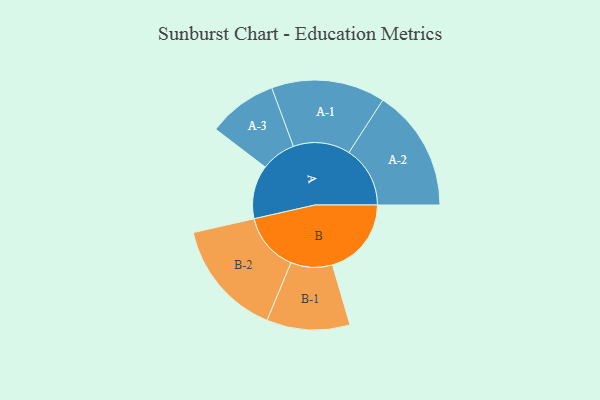
{"axis": {"x": "Segment", "y": "Value"}, "legend": ["", "A", "B"], "data": [{"x": "A", "y": 263, "type": ""}, {"x": "B", "y": 387, "type": ""}, {"x": "A-1", "y": 279, "type": "A"}, {"x": "A-2", "y": 300, "type": "A"}, {"x": "A-3", "y": 170, "type": "A"}, {"x": "B-1", "y": 204, "type": "B"}, {"x": "B-2", "y": 287, "type": "B"}]}